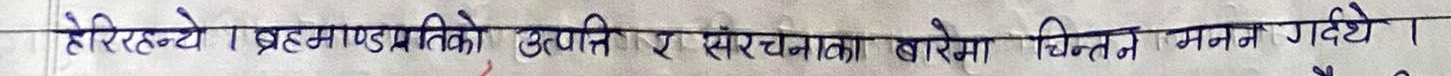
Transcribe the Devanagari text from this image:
हेरि रहन्थे। ब्रह्माण्डप्रतिको उत्पत्ति र संरचनाका बारेमा चिन्तन मनन गर्थे।